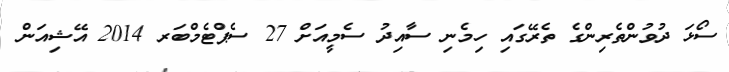
ސޯޅަ ދުވުންތެރިންގެ ތެރޭގައި ހިމެނި ސާއިދު ސެމީއަށް 27 ސެޕްޓެމްބަރ 2014 އޭޝިއަން